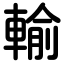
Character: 輸